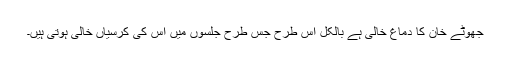
جھوٹے خان کا دماغ خالی ہے بالکل اس طرح جس طرح جلسوں میں اس کی کرسیاں خالی ہوتی ہیں۔